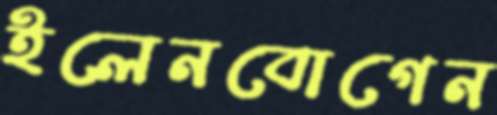
ইলেনবোগেন